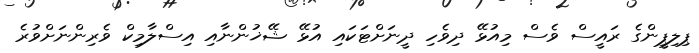
ޕިލިޕީންގެ ރައީސް ވެސް މިއުޅޭ ދިވެހި ދީނަށްޓަކައި އުޅޭ ޝޭޚުންނާއި އިސްލާމިކް ވެރިންނަށްވުރެ